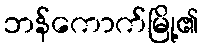
ဘန်ကောက်မြို့၏